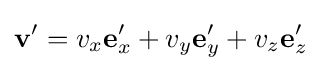
\mathbf {v} '=v_{x}\mathbf {e} '_{x}+v_{y}\mathbf {e} '_{y}+v_{z}\mathbf {e} '_{z}